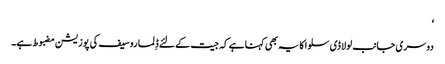
‘
دوسری جانب لولا ڈی سلوا کا یہ بھی کہنا ہے کہ جیت کے لئے ڈِلما روسیف کی پوزیشن مضبوط ہے۔